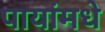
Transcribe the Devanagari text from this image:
पायांमधे